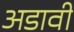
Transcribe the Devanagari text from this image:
अडावी